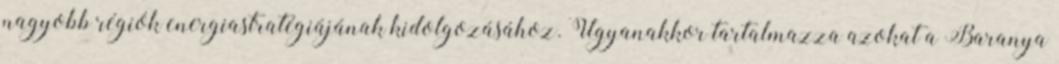
nagyobb régiók energiastratégiájának kidolgozásához. Ugyanakkor tartalmazza azokat a Baranya